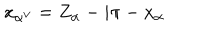
x _ { \alpha ^ { \vee } } = Z _ { \alpha } - i \pi - x _ { \alpha }